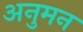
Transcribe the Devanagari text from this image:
अनुमन